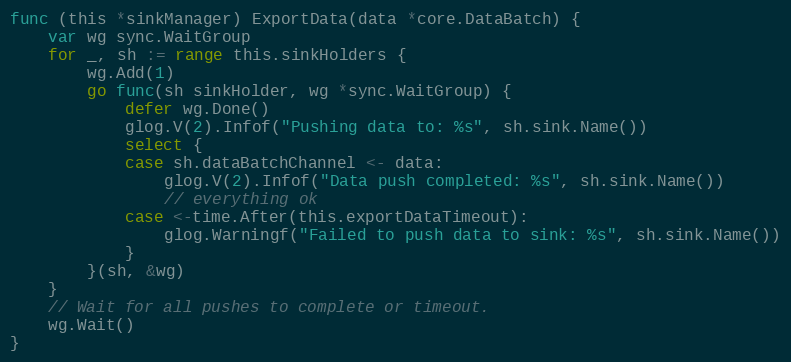
Language: Go
func (this *sinkManager) ExportData(data *core.DataBatch) {
	var wg sync.WaitGroup
	for _, sh := range this.sinkHolders {
		wg.Add(1)
		go func(sh sinkHolder, wg *sync.WaitGroup) {
			defer wg.Done()
			glog.V(2).Infof("Pushing data to: %s", sh.sink.Name())
			select {
			case sh.dataBatchChannel <- data:
				glog.V(2).Infof("Data push completed: %s", sh.sink.Name())
				// everything ok
			case <-time.After(this.exportDataTimeout):
				glog.Warningf("Failed to push data to sink: %s", sh.sink.Name())
			}
		}(sh, &wg)
	}
	// Wait for all pushes to complete or timeout.
	wg.Wait()
}